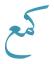
كمع